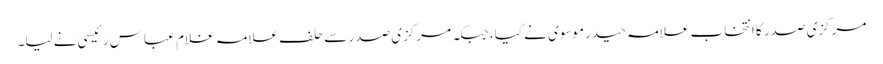
مرکزی صدر کا انتخاب علامہ حیدر موسوی نے کیا، جبکہ مرکزی صدر سے حلف علامہ غلام عباس رئیسی نے لیا۔